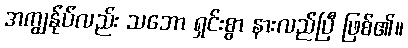
အကျွန်ုပ်လည်း သဘော ရှင်းစွာ နားလည်ပြီ ဖြစ်၏။